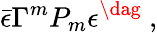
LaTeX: \bar{\epsilon}\Gamma^{m}P_{m}\epsilon^{\dag}\ ,